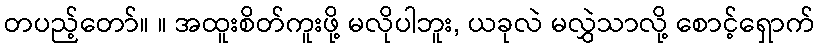
တပည့်တော်။ ။ အထူးစိတ်ကူးဖို့ မလိုပါဘူး, ယခုလဲ မလွှဲသာလို့ စောင့်ရှောက်